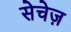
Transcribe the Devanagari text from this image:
सेचेज़